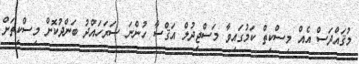
މުޤައްދަސް އެއް މިސްކިތް ކަމުގައިވާ މަސްޖިދުލް އަޤްސާ ހުންނަ ސަރަހައްދު ބަންދުކޮށް މިސްކިތަށް